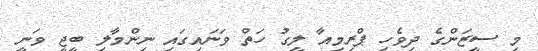
މި ސީޒަންގެ ދިވެހި ޕްރިމިއާ ލީގު ހަތް ވަނައިގައި ނިންމާލި ބީޖީ ވަނީ